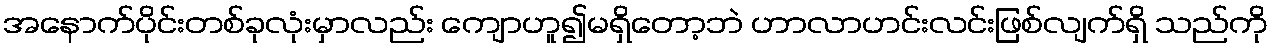
အနောက်ပိုင်းတစ်ခုလုံးမှာလည်း ကျောဟူ၍မရှိတော့ဘဲ ဟာလာဟင်းလင်းဖြစ်လျက်ရှိ သည်ကို